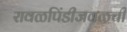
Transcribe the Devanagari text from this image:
रावळपिंडीजवळची